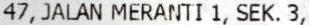
47, JALAN MERANTI 1, SEK. 3,